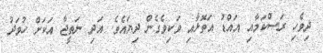
ދިވެހި ރަސްކަމާއި އައްޑު އަތޮޅާއި ވަކިވެގެން ދިޔައެވެ. އަދި ނަތީޖާ އަކަށް ހުވަދު